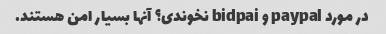
در مورد paypal و bidpai نخوندی؟ آنها بسیار امن هستند.